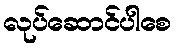
လုပ်ဆောင်ပါစေ